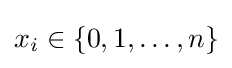
x_{i}\in \{0,1,\ldots ,n\}